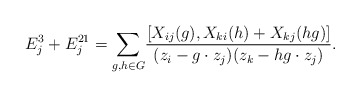
\begin{align*}E_j^3+E_j^{21}&=\underset{g,h\in G}{\sum} \frac{[X_{ij}(g),X_{ki}(h)+X_{kj}(hg)]}{(z_i-g\cdot z_j)(z_k-hg\cdot z_j)}.\end{align*}